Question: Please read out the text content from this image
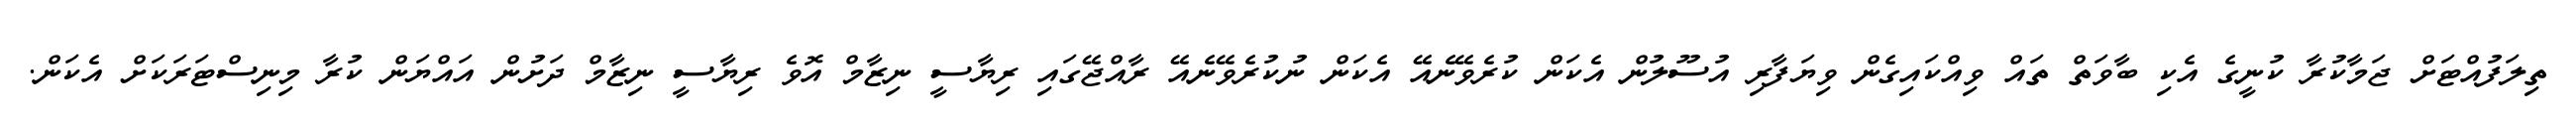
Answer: ތިލަފުއްޓަށް ޖަމާކުރާ ކުނީގެ އެކި ބާވަތް ތައް ވިއްކައިގެން ވިޔަފާރި އުސޫލުން އެކަން ކުރެވޭނެއޭ އެކަން ނުކުރެވޭނެއޭ ރާއްޖޭގައި ރިޔާސީ ނިޒާމް އޮވެ ރިޔާސީ ނިޒާމް ދަށުން އައްޔަން ކުރާ މިނިސްޓަރަކަށް އެކަން.